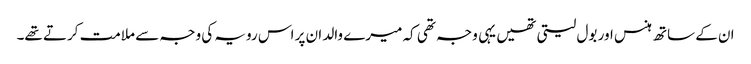
ان کے ساتھ ہنس اور بول لیتی تھیں یہی وجہ تھی کہ میرے والد ان پر اس رویہ کی وجہ سے ملامت کرتے تھے۔